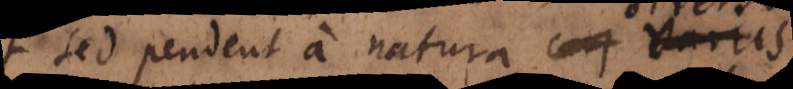
sed pendent a natura diversis